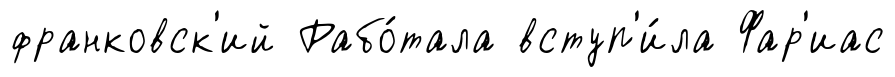
франковск'ий Рабо́тала вступ'и́ла Фар'иас